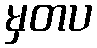
မှတပ